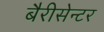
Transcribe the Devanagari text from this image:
बैरीसेन्टर